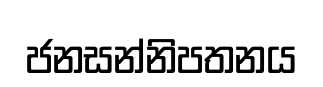
ජනසන්නිපතනය